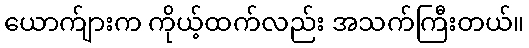
ယောက်ျားက ကိုယ့်ထက်လည်း အသက်ကြီးတယ်။